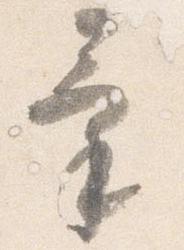
気